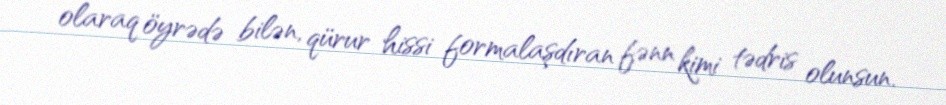
olaraq öyrədə bilən, qürur hissi formalaşdıran fənn kimi tədris olunsun.